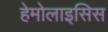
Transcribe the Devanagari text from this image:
हेमोलाइसिस